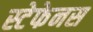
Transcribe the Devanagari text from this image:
स्टेफेनस